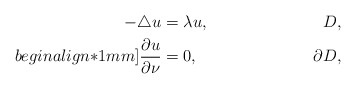
\begin{align*} - \triangle u&=\lambda u, & D,\\begin{align*}1mm] \frac{\partial u}{\partial \nu} &=0, & \partial D,\end{align*}